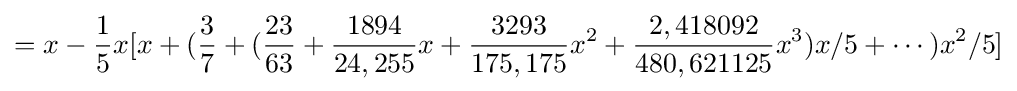
=x-{\frac {1}{5}}x[x+({\frac {3}{7}}+({\frac {23}{63}}+{\frac {1894}{24,255}}x+{\frac {3293}{175,175}}x^{2}+{\frac {2,418092}{480,621125}}x^{3})x/5+\cdots )x^{2}/5]